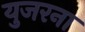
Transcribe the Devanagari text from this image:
युजरना